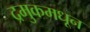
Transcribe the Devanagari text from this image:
द्रमुकमधून